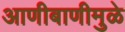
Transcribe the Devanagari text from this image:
आणीबाणीमुळे